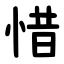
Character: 惜